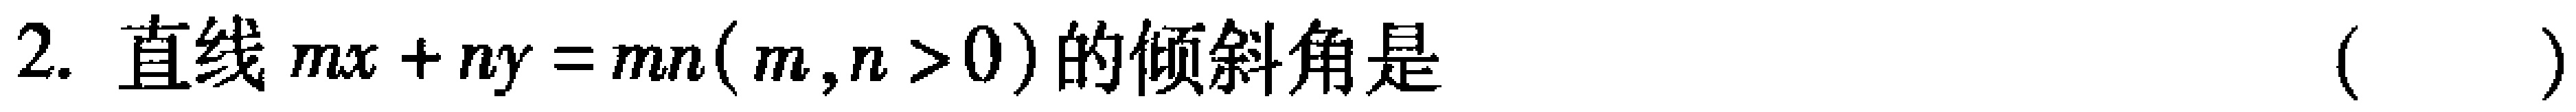
2. 直线\(mx + ny = mn(m,n > 0)\)的倾斜角是 （  ）